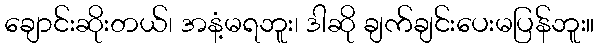
ချောင်းဆိုးတယ်၊ အနံ့မရဘူး၊ ဒါဆို ချက်ချင်းပေးမပြန်ဘူး။